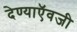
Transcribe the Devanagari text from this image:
देण्याऍवजी